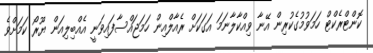
ކޮންޓްރެކްޓް ހަމަވުމުގެކުރިން އޭނާ ވިއްކާލާނަމަ އަގަކަށް ރެއާލްއިން ހަމަޖައްސާފައިވަނީ އެއްބިލިއަން ޔޫރޯ ކަމަށްވެ